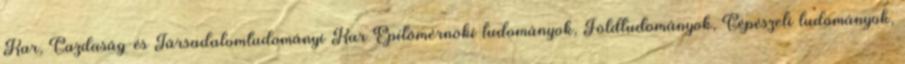
Kar, Gazdaság-és Társadalomtudományi Kar Építõmérnöki tudományok, Földtudományok, Gépészeti tudományok,